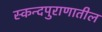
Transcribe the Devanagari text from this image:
स्कन्दपुराणातील